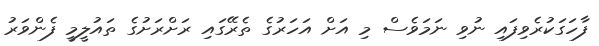
ފާހަގަކުރެވިފައި ނުވި ނަމަވެސް މި އަށް އަހަރުގެ ތެރޭގައި ރަށްރަށުގެ ތައުލީމީ ފެންވަރު